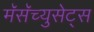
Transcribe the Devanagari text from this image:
मॅसॅच्युसेट्‌स